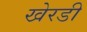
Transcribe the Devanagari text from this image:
खेरडी